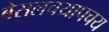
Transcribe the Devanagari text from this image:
बेसलचयापचय